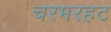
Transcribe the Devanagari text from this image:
चरमरहट